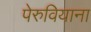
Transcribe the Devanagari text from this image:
पेरुवियाना